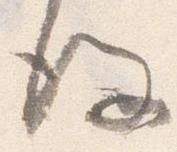
後